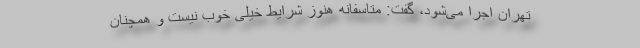
تهران اجرا می‌شود، گفت: متاسفانه هنوز شرایط خیلی خوب نیست و همچنان